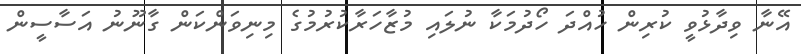
އޭނާ ވިދާޅުވީ ކުރިން ހުއްދަ ހޯދުމަކާ ނުލައި މުޒާހަރާކުރުމުގެ މިނިވަންކަން ގާނޫނު އަސާސީން